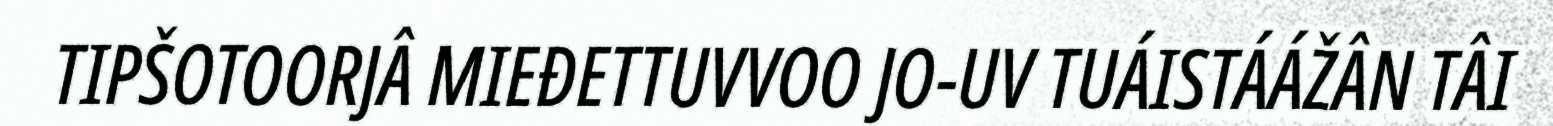
TIPŠOTOORJÂ MIEĐETTUVVOO JO-UV TUÁISTÁÁŽÂN TÂI